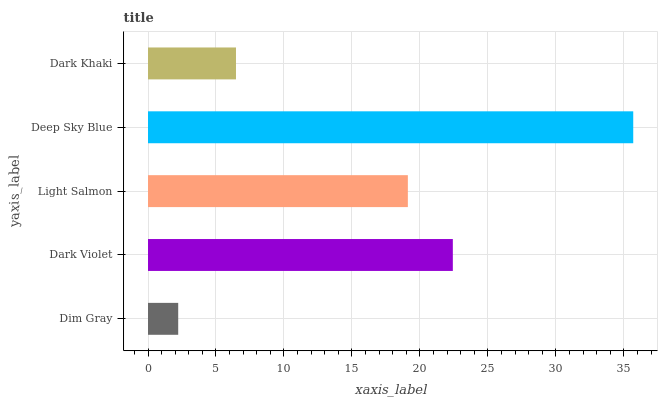
| yaxis_label | bars |
 | --- | --- |
 | Dim Gray | 2.22 |
 | Dark Violet | 22.4 |
 | Light Salmon | 19.1 |
 | Deep Sky Blue | 35.7 |
 | Dark Khaki | 6.47 |